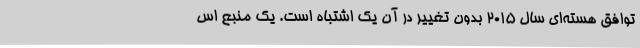
توافق هسته‌ای سال ۲۰۱۵ بدون تغییر در آن یک اشتباه است. یک منبع اس